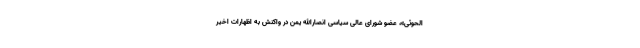
الحوثی»، عضو شورای عالی سیاسی انصارالله یمن در واکنش به اظهارات اخیر